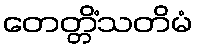
တေတ္တိံသတိမံ